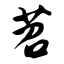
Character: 苕